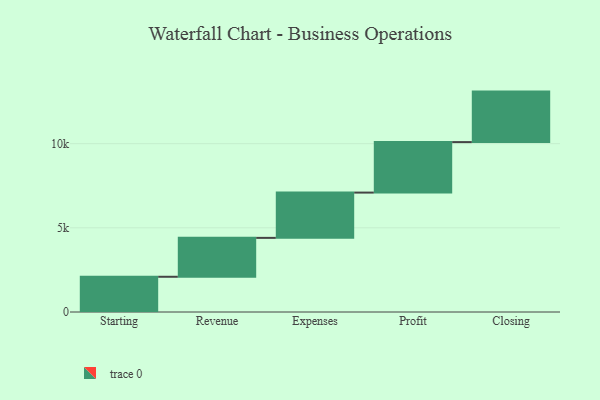
{"axis": {"x": "Step", "y": "Value"}, "legend": [""], "data": [{"x": "Starting", "y": 2093.0, "type": ""}, {"x": "Revenue", "y": 2311.0, "type": ""}, {"x": "Expenses", "y": 2690.0, "type": ""}, {"x": "Profit", "y": 3000, "type": ""}, {"x": "Closing", "y": 3000, "type": ""}]}